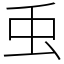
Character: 䖝